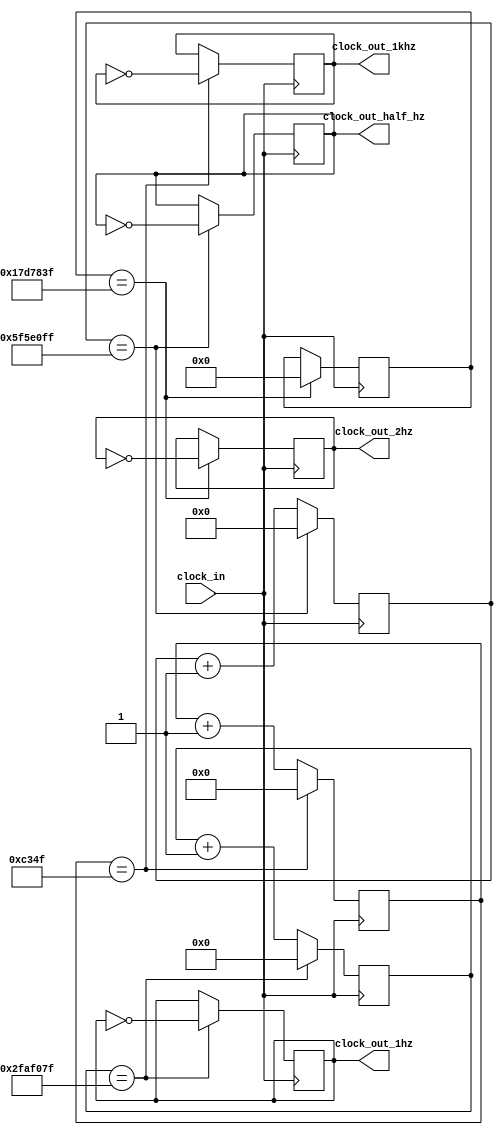
//clock divider to generate three clock speeds (0.5hz, 1hz, 2hz) from the built in 100MHz clock
`timescale 1ns / 1ps
module clock_divider(clock_in, clock_out_1khz, clock_out_1hz, clock_out_half_hz, clock_out_2hz);

    input clock_in;
    output reg clock_out_1khz = 1'b0;
    output reg clock_out_1hz = 1'b0;
    output reg clock_out_half_hz = 1'b0;
    output reg clock_out_2hz = 1'b0;

    reg [15:0] count_1khz = 16'd0;
    reg [25:0] count_1hz = 26'd0;
    reg [26:0] count_half_hz = 27'd0;
    reg [24:0] count_2hz = 25'd0;

    //multiple parameters for different clock speeds
    parameter [15:0] MAX_1khz = 16'd50000;
    parameter [25:0] MAX_1hz = 26'd50000000;
    parameter [26:0] MAX_half_hz = 27'd100000000;
    parameter [24:0] MAX_2hz = 25'd25000000;


    always @(posedge clock_in) begin
        count_1hz <= count_1hz + 1'd1;
        count_1khz <= count_1khz + 1'd1;
        count_half_hz <= count_half_hz + 1'd1;
        count_2hz <= count_2hz + 1'd1;
        if (count_1hz == (MAX_1hz-1'd1)) begin
            clock_out_1hz <= ~clock_out_1hz;
            count_1hz <= 26'd0;
        end
        if (count_1khz == (MAX_1khz-1'd1)) begin
            clock_out_1khz <= ~clock_out_1khz;
            count_1khz <= 16'd0;
        end
        if (count_half_hz  == (MAX_half_hz-1'd1)) begin
            clock_out_half_hz <= ~clock_out_half_hz;
            count_half_hz <= 27'd0;
        end
        if (count_2hz  == (MAX_2hz - 1'd1)) begin
            clock_out_2hz <= ~clock_out_2hz;
            count_2hz = 25'd0;
        end
    end//always
endmodule